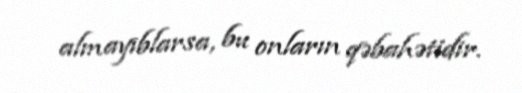
almayıblarsa, bu onların qəbahətidir.